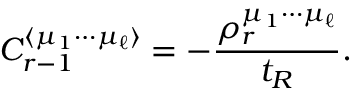
C _ { r - 1 } ^ { \langle \mu _ { 1 } \cdots \mu _ { \ell } \rangle } = - \frac { \rho _ { r } ^ { \mu _ { 1 } \cdots \mu _ { \ell } } } { t _ { R } } .